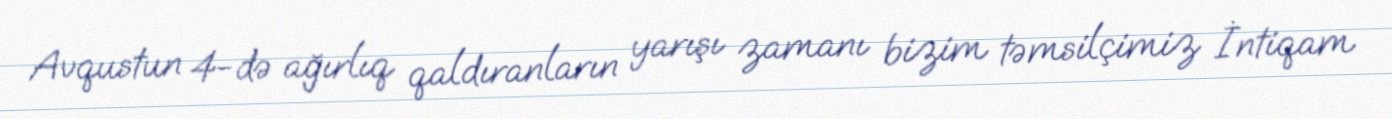
Avqustun 4-də ağırlıq qaldıranların yarışı zamanı bizim təmsilçimiz İntiqam